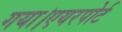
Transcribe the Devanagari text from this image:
गया।एयरपोर्ट